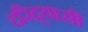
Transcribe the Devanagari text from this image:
दरिद्र्यासी